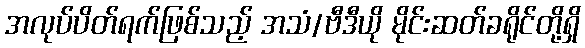
အလုပ်ပိတ်ရက်ဖြစ်သည့် အသံ/ဗီဒီယို မိုင်းဆတ်ခရိုင်တို့ရှိ